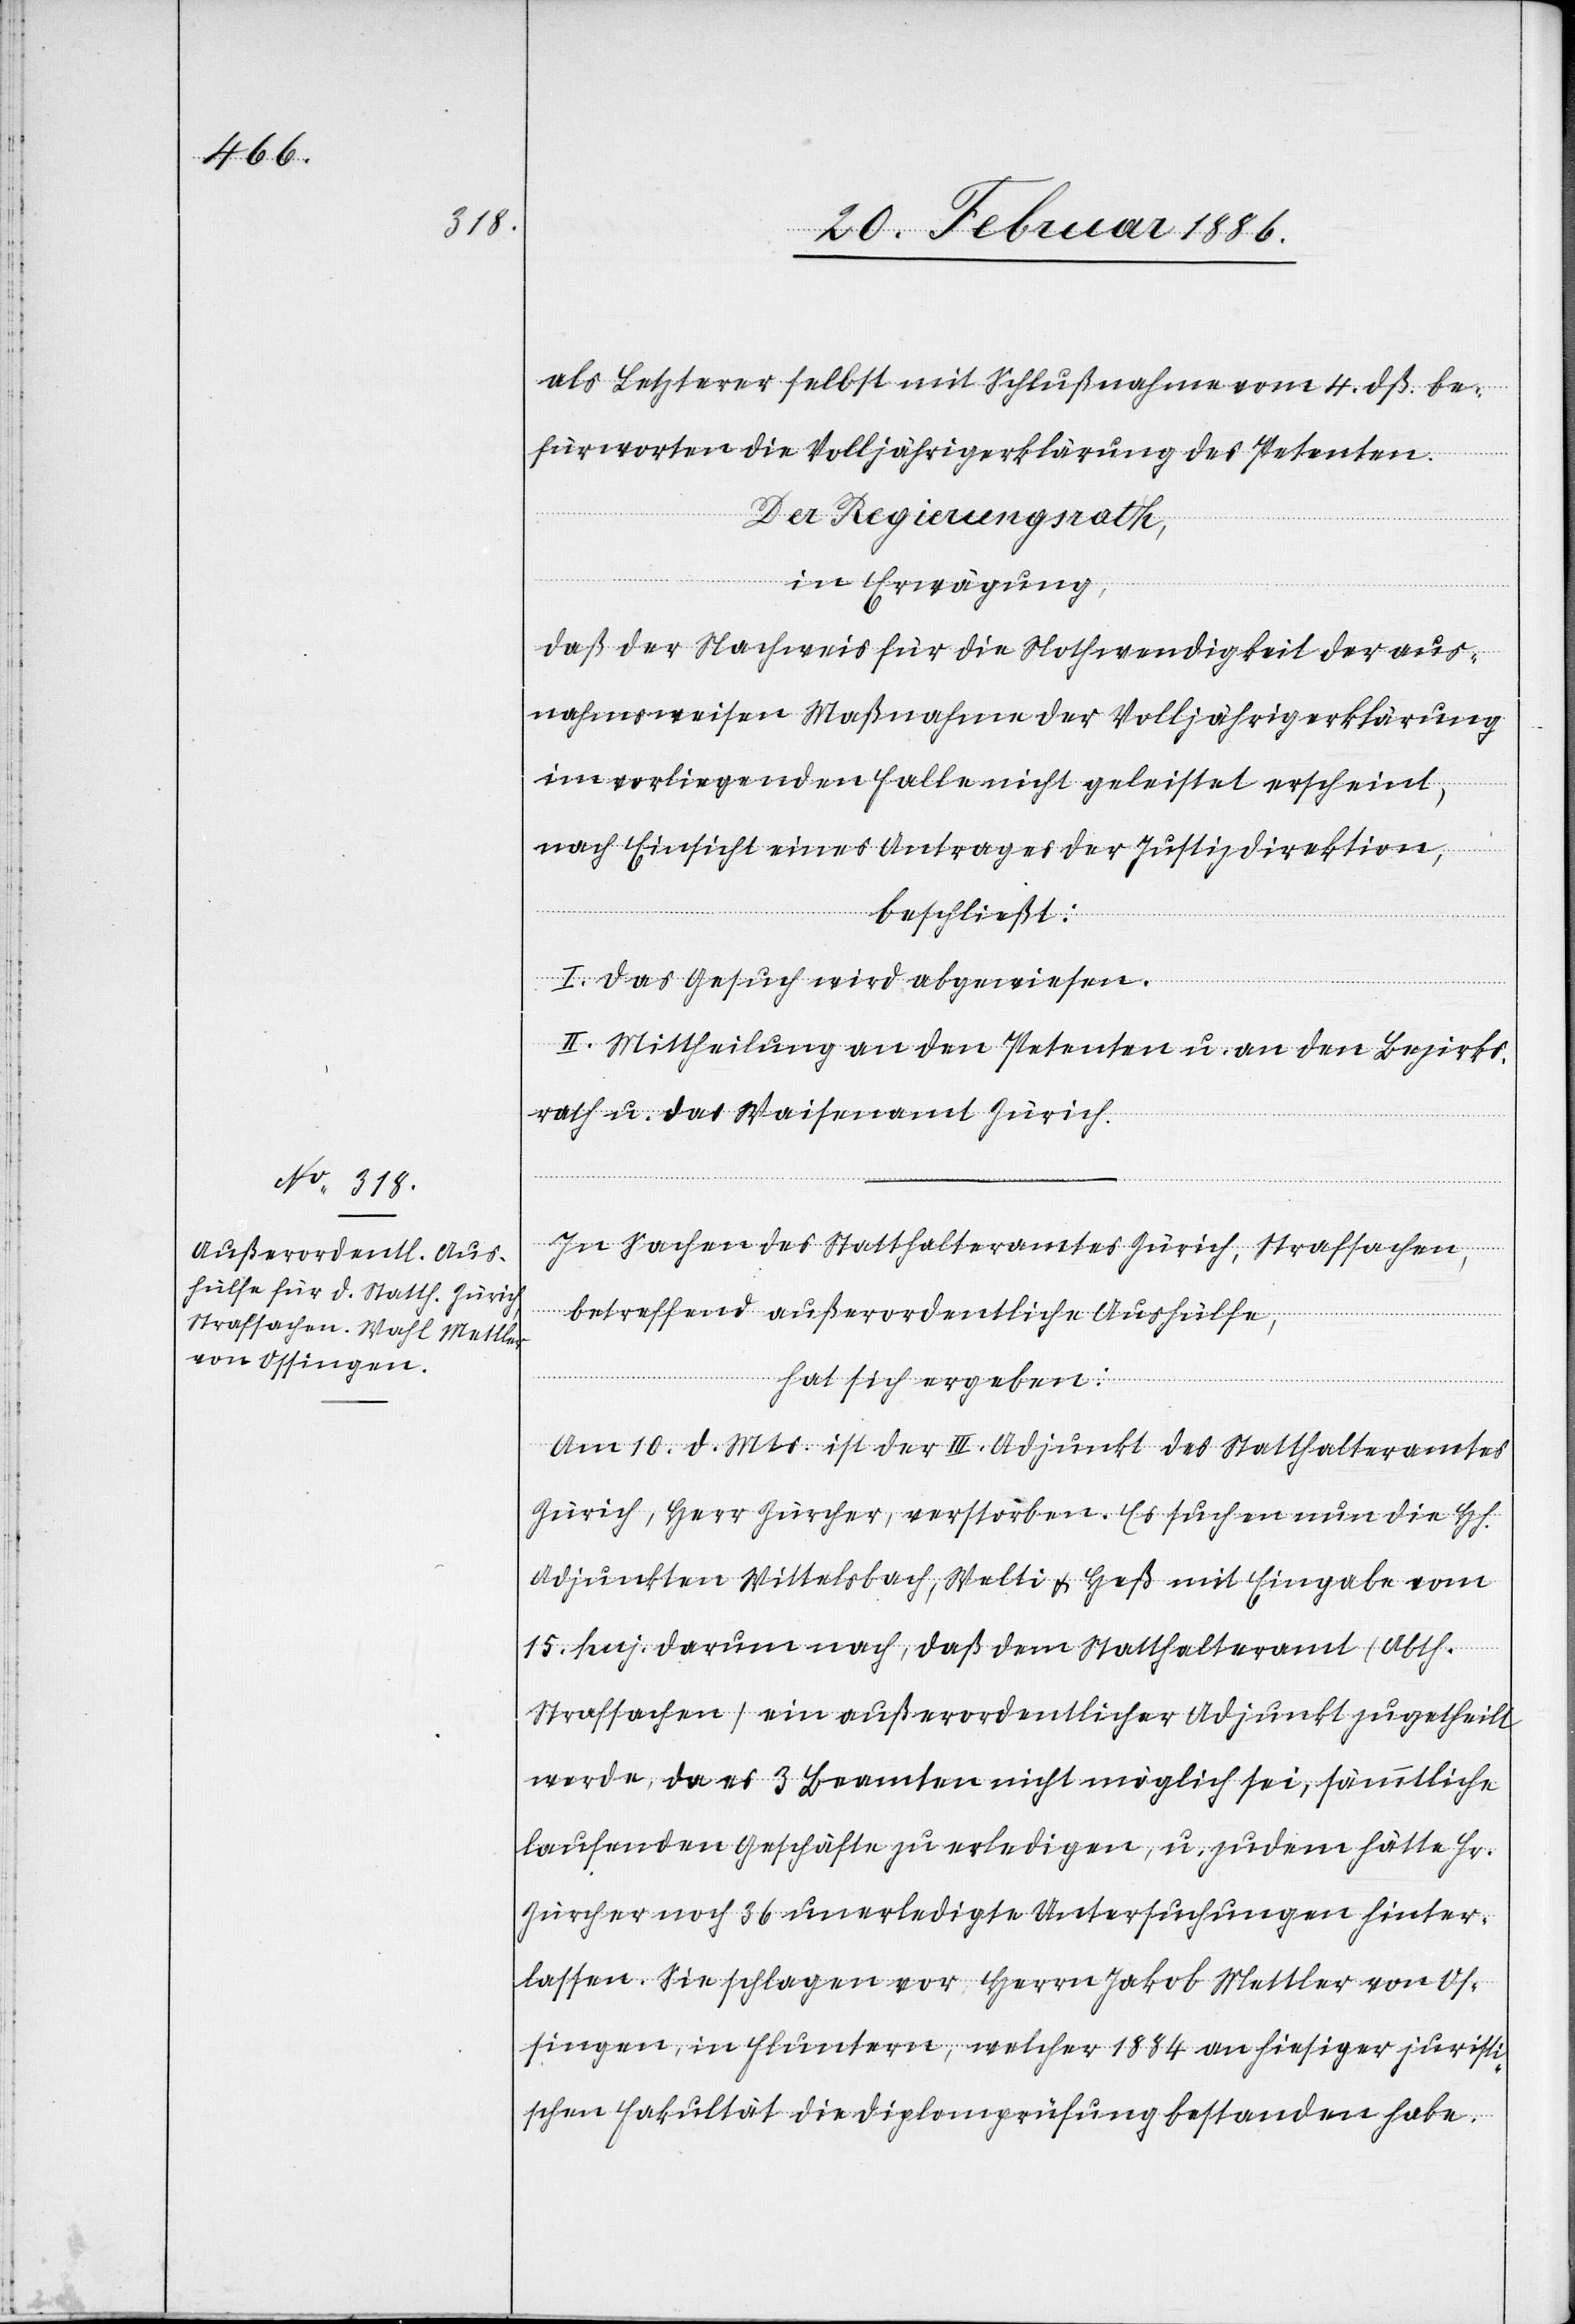
als Letzterer selbst mit Schlußnahme vom 4. dß. be¬
fürworten die Volljährigkeitserklärung des Petenten.
Der Regierungsrath,
in Erwägung,
daß der Nachweis für die Nothwendigkeit der aus¬
nahmsweisen Maßnahmen der Volljährigerklärung
im vorliegenden Falle nicht geleistet erscheint,
nach Einsicht eines Antrages der Justizdirektion,
beschließt:
I. Das Gesuch wird abgewiesen.
II. Mittheilung an den Petenten u. an den Bezirks¬
rath u. das Waisenamt Zürich.
In Sachen des Statthalteramtes Zürich, Strafsachen,
betreffend außerordentliche Aushülfe,
hat sich ergeben:
Am 10. d. Mts. ist der III. Adjunkt des Statthalteramtes
Zürich, Herr Zürcher, verstorben. Es suchen nun die Hh.
Adjunkten Wittelsbach, Welti & Heß mit Eingabe vom
15. huj. darum nach, daß dem Statthalteramt (Abth.
Strafsachen) ein außerordentlicher Adjunkt zugetheilt
werde, da es 3 Beamten nicht möglich sei, sämmtliche
laufenden Geschäfte zu erledigen, u. zudem hätte Hr.
Zürcher noch 36 unerledigte Untersuchungen hinter¬
lassen. Sie schlagen vor, Herrn Jakob Mettler von Os¬
singen, in Fluntern, welcher 1884 an hiesiger juristi¬
schen Fakultät die Diplomprüfung bestanden habe.